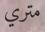
متري